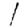
Digit: 1